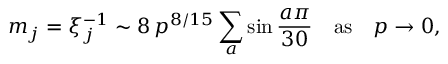
m _ { j } = \xi _ { j } ^ { - 1 } \sim 8 \, p ^ { 8 / 1 5 } \sum _ { a } \sin \frac { a \pi } { 3 0 } \quad \mathrm { a s } \quad p \to 0 ,